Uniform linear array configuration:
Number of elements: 32
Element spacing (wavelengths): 0.5
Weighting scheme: binomial
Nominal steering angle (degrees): -15
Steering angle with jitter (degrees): -16.399
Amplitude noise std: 0.05
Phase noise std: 0.05

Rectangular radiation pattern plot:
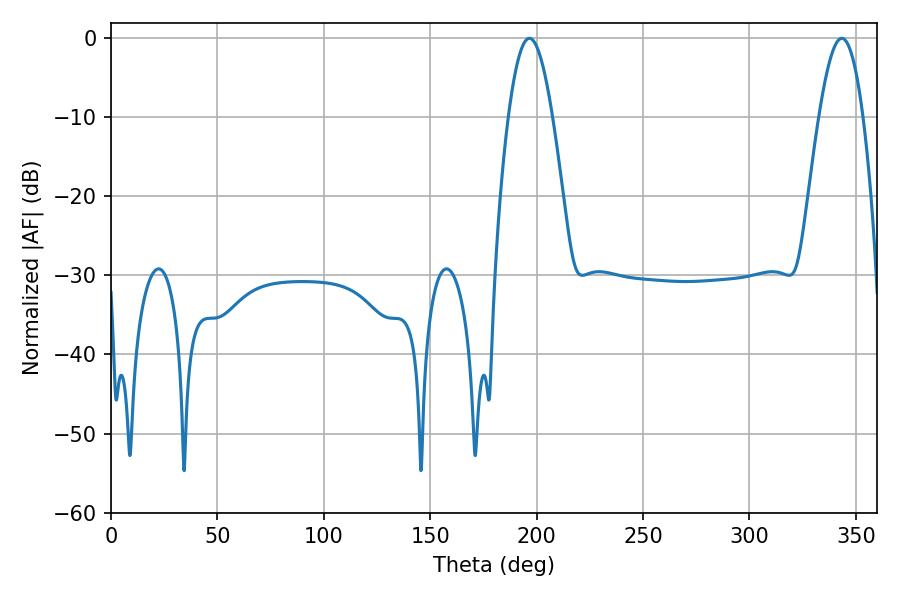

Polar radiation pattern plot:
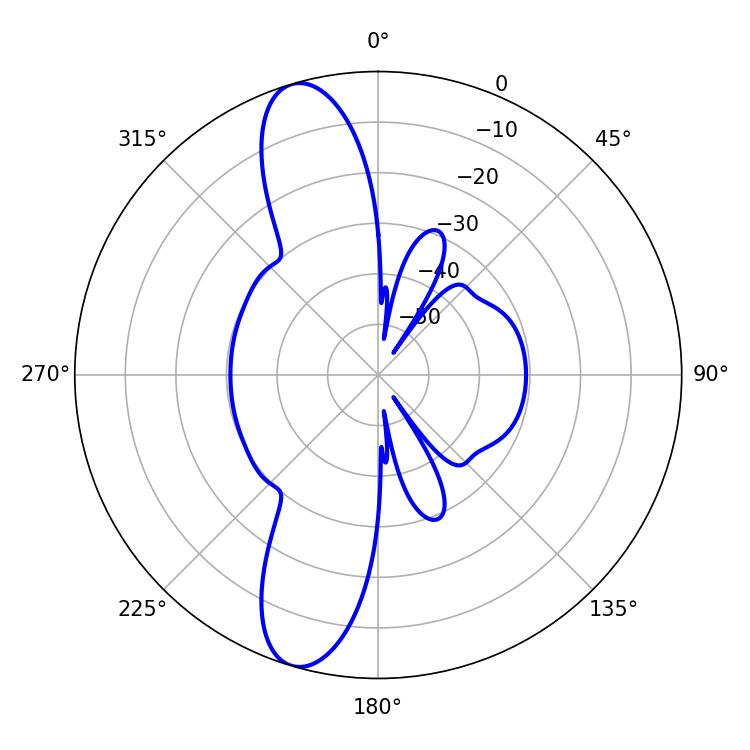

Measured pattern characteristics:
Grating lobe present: FALSE
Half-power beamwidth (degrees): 11.16
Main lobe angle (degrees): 196.56